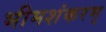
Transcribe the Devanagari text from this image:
भीमशंकरम्